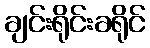
ချင်းရိုင်းခရိုင်